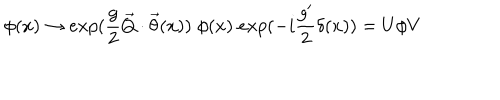
LaTeX: \phi ( x ) \rightarrow e x p ( \frac { g } { 2 } \vec { Q } \cdot \vec { \theta } ( x ) ) \; \phi ( x ) \; e x p ( - i \frac { g ^ { \prime } } { 2 } \delta ( x ) ) = U \phi V